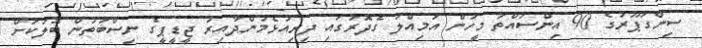
ސިންގަޕޫރުގެ 90 އިންސައްތަ މީހުން އަމިއްލަ ގެދޮރުގައި ދިރިއުޅެމުންދާއިރު ޖީޑީޕީގެ ނިސްބަތުން ބޮލަކަށް